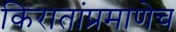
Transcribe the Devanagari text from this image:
किरातांप्रमाणेच